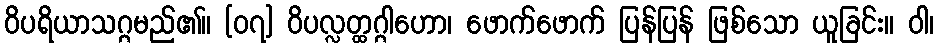
ဝိပရိယာသဂ္ဂမည်၏။ [၀၇] ဝိပလ္လတ္ထဂ္ဂါဟော၊ ဖောက်ဖောက် ပြန်ပြန် ဖြစ်သော ယူခြင်း။ ဝါ၊